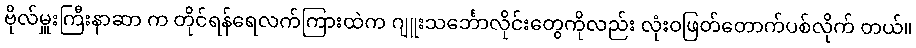
ဗိုလ်မှူးကြီးနာဆာ က တိုင်ရန်ရေလက်ကြားထဲက ဂျူးသင်္ဘောလိုင်းတွေကိုလည်း လုံးဝဖြတ်တောက်ပစ်လိုက် တယ်။